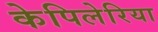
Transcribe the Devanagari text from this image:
केपिलेरिया